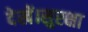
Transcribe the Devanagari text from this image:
देखें।सुरक्षा